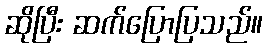
ဆိုပြီး ဆက်ပြောပြသည်။